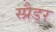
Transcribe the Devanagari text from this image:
स्प्रैडर